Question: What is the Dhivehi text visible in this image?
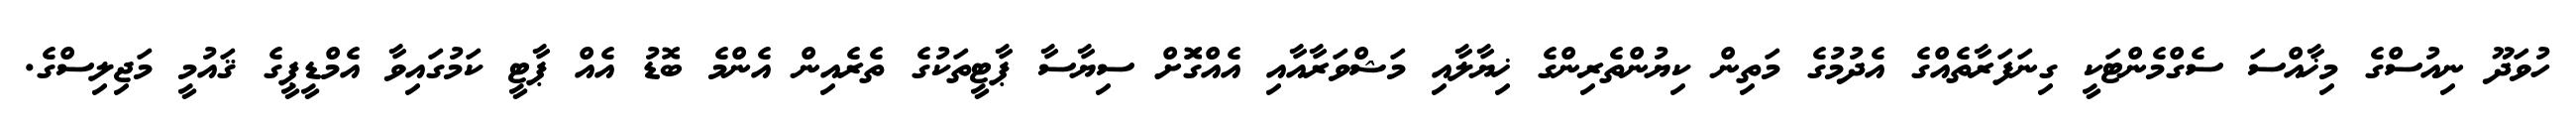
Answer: ހުވަދޫ ނިއުސްގެ މިޚާއްސަ ސެގްމެންޓަކީ ގިނަފަރާތެއްގެ އެދުމުގެ މަތިން ކިޔުންތެރިންގެ ޚިޔާލާއި މަޝްވަރާއާއި އެއްގޮަށް ސިޔާސާ ޕާޓީތަކުގެ ތެރެއިން އެންމެ ބޮޑު އެއް ޕާޓީ ކަމުގައިވާ އެމްޑީޕީގެ ޤައުމީ މަޖިލިސްގެ.